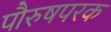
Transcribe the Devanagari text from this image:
पौरुषपरक